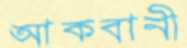
আকবানী